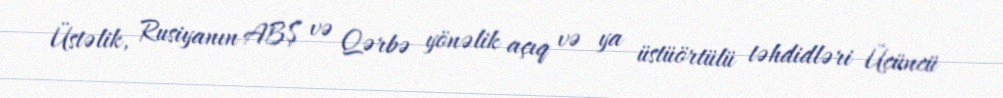
Üstəlik, Rusiyanın ABŞ və Qərbə yönəlik açıq və ya üstüörtülü təhdidləri Üçüncü